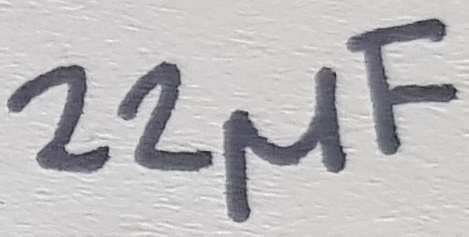
Text: 22µF